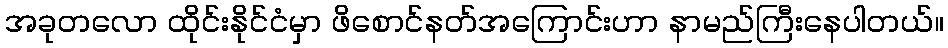
အခုတလော ထိုင်းနိုင်ငံမှာ ဖိစောင်နတ်အကြောင်းဟာ နာမည်ကြီးနေပါတယ်။